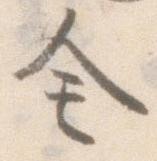
全